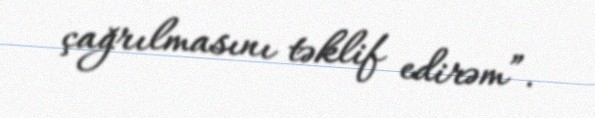
çağrılmasını təklif edirəm”.